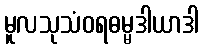
မူလသုသံဝရဓမ္မဒါယာဒါ